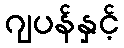
ဂျပန်နှင့်